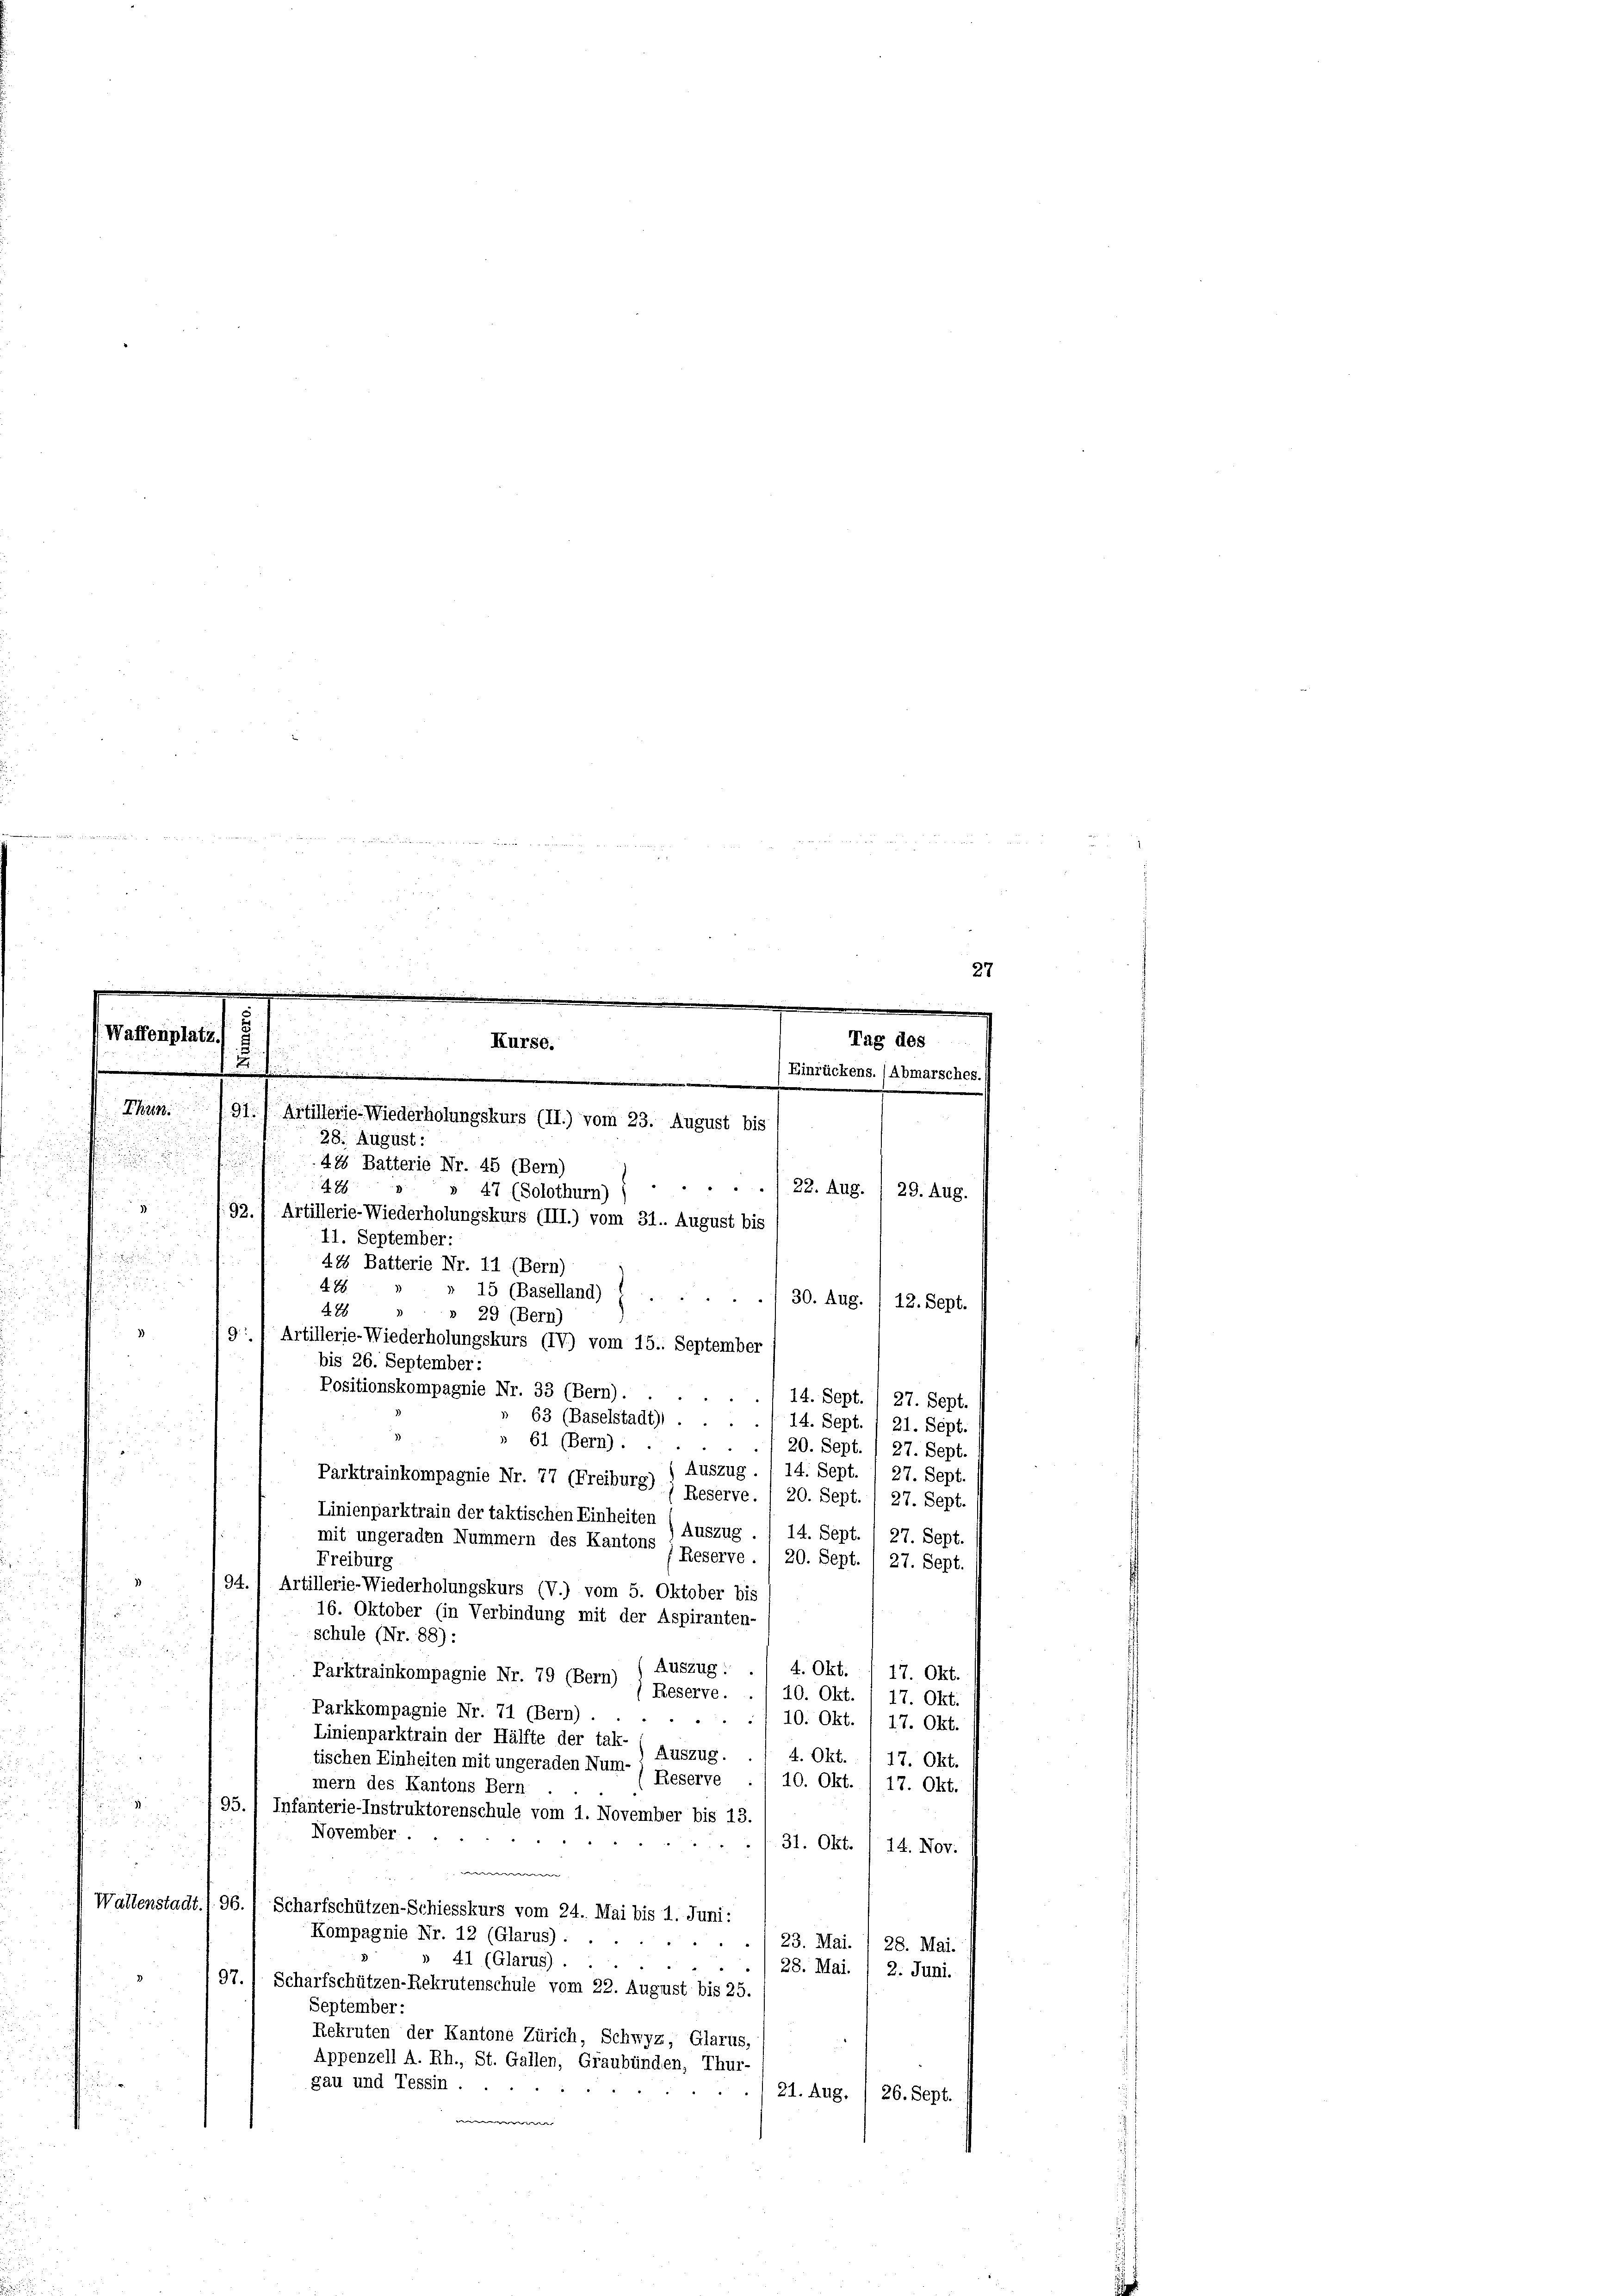
Waffenplatz
.
d

8
9: I Artillerie-Wiederholungskurs (IV) vom 15. September
i
bis 26. September:

Positionskompagnie Nr. 33 (Bern).
z
14. Sept. / 27. Sept.
63 (Baselstadt) ..
14. Sept./21. Sept.

in eine

.
27
-
e
Tag des
Kurse.
i
d
.
Einrückens. (Abmarsches.
.
Thun. 191.) Artillerie-Wiederholungskurs (II.) vom 23. August bis
28. August:

44 Batterie Nr. 45 (Bern)
h
428
/22. Aug. / 29. Aug.
 47 (Solothurn)
92.) Artillerie-Wiederholungskurs (III.) vom 31. August bis
11. September:
42 Batterie Nr. 11 (Bern)
42
» 15 (Baselland)
30. Aug. 1 12. Sept.
428
3)
» 29 (Bern)

» 61 (Bern).

20. Sept. 1 27. Sept.

Auszug. / 14. Sept. 27. Sept.
u
.
Parktrainkompagnie Nr. 77 (Freiburg) ; Reserve. / 20. Sept. / 27. Sept.
Linienparktrain der taktischen Einheiten
Auszug.
14. Sept.
27. Sept.
mit ungeraden Nummern des Kantons
Reserve.
Freiburg
20. Sept. 1 27. Sept.

94.) Artillerie-Wiederholungskurs (V.) vom 5. Oktober bis
.
16. Oktober (in Verbindung mit der Aspiranten-
schule (Nr. 88):

Auszug: ./ 4. Okt. / 17. Okt.
Parktrainkompagnie Nr. 79 (Bern) ) Reserve.
10. Okt.
17. Okt.
Parkkompagnie Nr. 71 (Bern).
10. Okt.
2
17. Okt.
Linienparktrain der Hälfte der tak-
Auszug.

4. Okt. 1 17. Okt.
tischen Einheiten mit ungeraden Num¬
Reserve
10. Okt. 17. Okt.
mern des Kantons Bern
 795.) Infanterie-Instruktorenschule vom 1. November bis 13.
u
November.
1. 31. Okt.
14. Nov.
e
Waltenstadt.1 96. Scharfschützen-Schiesskurs vom 24. Mai bis 1. Juni:
Kompagnie Nr. 12 (Glarus).
23. Mai. I 28. Mai.
» 41 (Glarus).
i
28. Mai. / 2. Juni.
197.) Scharfschützen-Rekrutenschule vom 22. August bis 25
September:
Rekruten der Kantone Zürich, Schwyz, Glarus,
Appenzell A. Rh., St. Gallen, Graubünden, Thur-
gau und Tessin.
21. Aug. ) 26. Sept.
irer